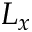
L _ { x }